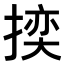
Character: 𭡬